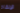
الإنقاذ